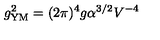
g _ { \mathrm { Y M } } ^ { 2 } = ( 2 \pi ) ^ { 4 } g \alpha ^ { 3 / 2 } V ^ { - 4 }